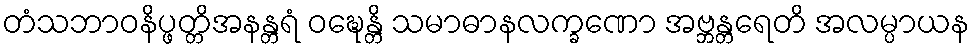
တံသဘာဝနိပ္ဖတ္တိအနန္တရံ ဝဍ္ဎေန္တိ သမာဓာနလက္ခဏော အဗ္ဘန္တရေတိ အလမ္ပာယန